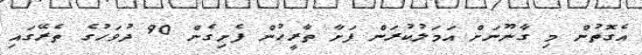
އެގޮތުން މި ގާނޫނަށް އަމަލުކުރަން ފަށާ ތާރީހުން ފެށިގެން 90 ދުވަހުގެ ތެރޭގައި